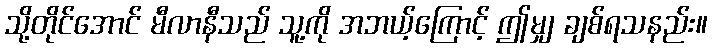
သို့တိုင်အောင် မီလာနီသည် သူ့ကို အဘယ့်ကြောင့် ဤမျှ ချစ်ရသနည်း။